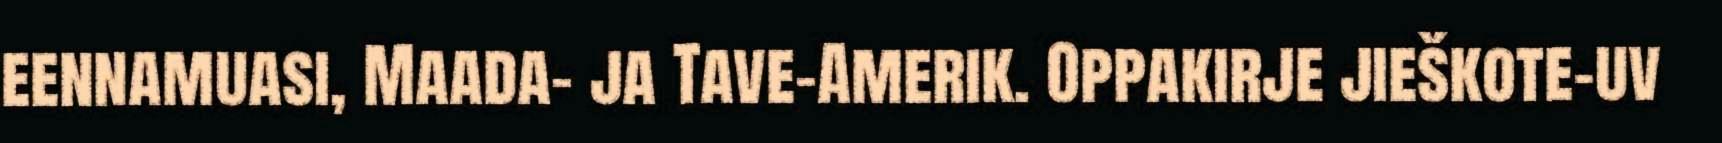
eennamuasi, Maada- ja Tave-Amerik. Oppakirje jieškote-uv